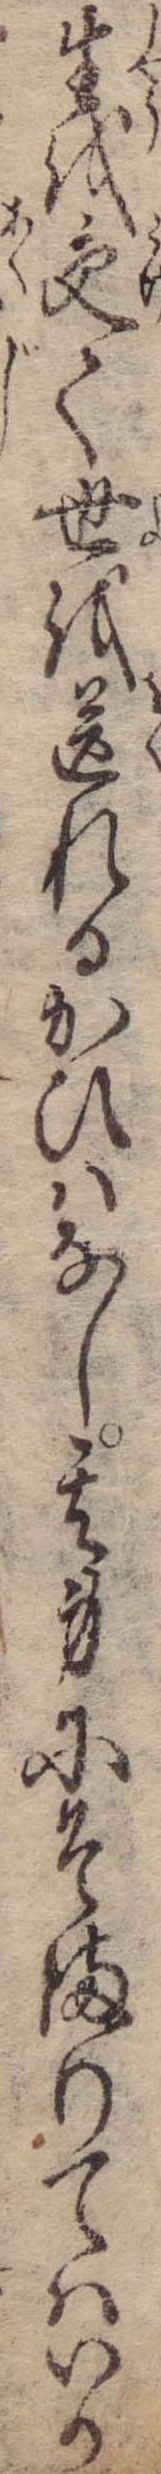
生を受て世を送れるかひはなし其身にそまりてはいか